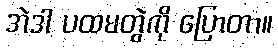
အဲဒါ ပထမတွဲကို ပြောတာ။